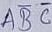
Text: ABC